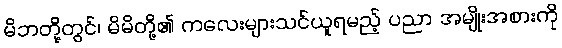
မိဘတို့တွင်၊ မိမိတို့၏ ကလေးများသင်ယူရမည့် ပညာ အမျိုးအစားကို